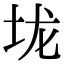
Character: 垅